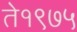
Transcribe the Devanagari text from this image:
ते१९७५